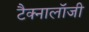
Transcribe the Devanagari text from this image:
टैक्नालॉजी